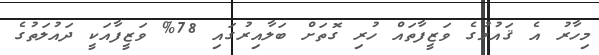
މިހާރު އެ ޤައުމުގެ ވަޒީފާތައް ހުރި ގޮތަށް ބަލާއިރުގައި 78% ވަޒީފާއަކީ ދައުލަތުގެ